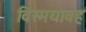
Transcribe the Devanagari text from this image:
विस्मयावह